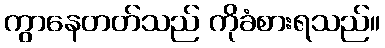
ကွာနေတတ်သည် ကိုခံစားရသည်။